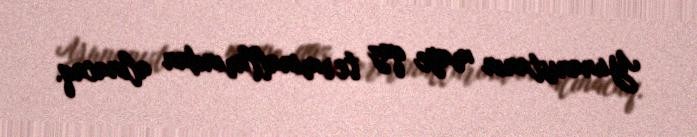
Yunanıstanın maye qaz terminallarından alınacaq.